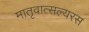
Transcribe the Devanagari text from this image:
मातृवात्सल्यरस